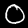
Digit: 0